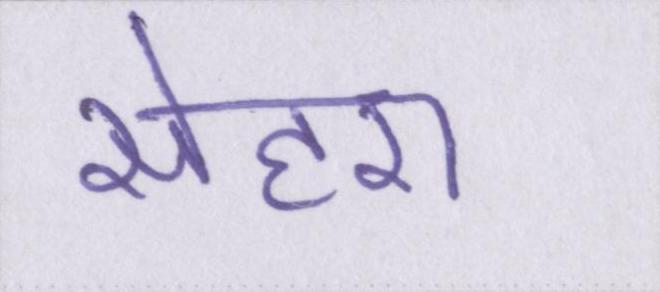
सेहरा